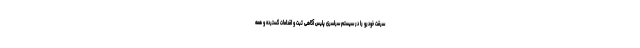
سرقت خودرو را در سیستم سراسری پلیس آگاهی ثبت و اقدامات گسترده و همه